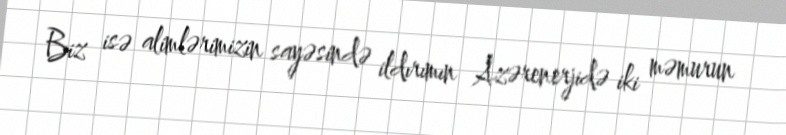
Biz isə alimlərimizin sayəsində ildırımın Azərenerjidə iki məmurun